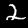
Label: 2